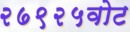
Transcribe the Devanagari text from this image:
२७९२५वोट